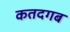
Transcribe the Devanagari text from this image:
कतदगब